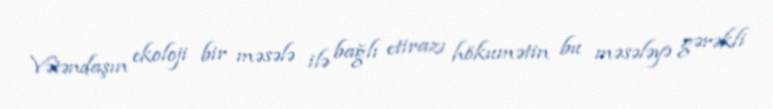
Vətəndaşın ekoloji bir məsələ ilə bağlı etirazı hökumətin bu məsələyə gərəkli